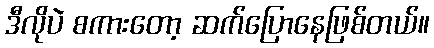
ဒီလိုပဲ စကားတော့ ဆက်ပြောနေဖြစ်တယ်။